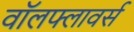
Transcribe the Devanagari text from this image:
वॉलफ्लावर्स